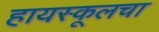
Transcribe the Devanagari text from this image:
हायस्कूलचा